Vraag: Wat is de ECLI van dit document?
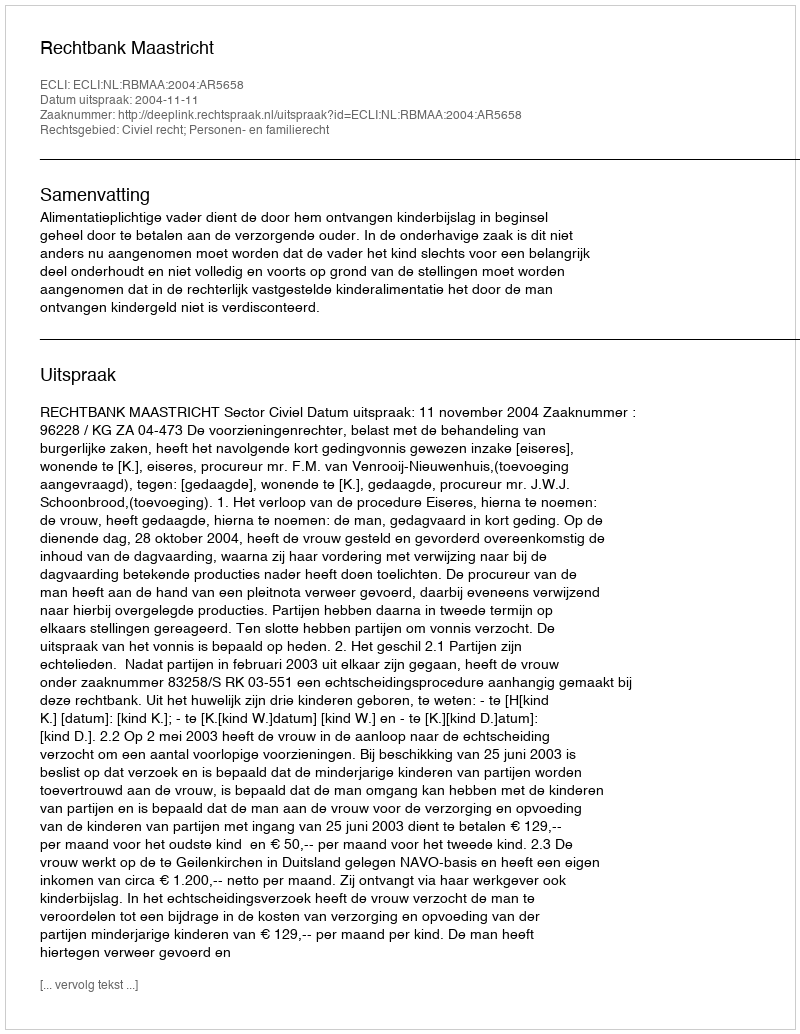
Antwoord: ECLI:NL:RBMAA:2004:AR5658